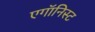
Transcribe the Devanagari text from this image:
एगॉनिस्ट